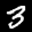
Label: 3